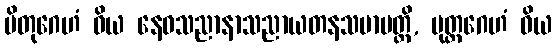
ပိတုဂေဟံ ဝိယ နေဝသညာနာသညာယတနသမာပတ္တိ, ပုတ္တဂေဟံ ဝိယ